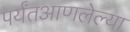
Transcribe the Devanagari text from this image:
पर्यंतआणलेल्या